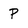
Character: p